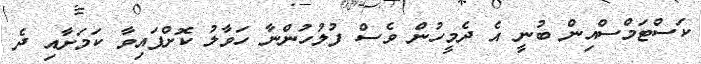
ކަސްޓަމްސްއިން ބުނީ އެ ދެމީހުން ވެސް ފުލުހުންނާ ހަވާލު ކޮށްފައިވާ ކަމަށާއި ދެ